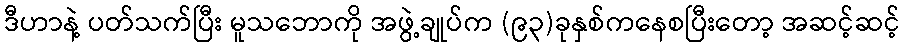
ဒီဟာနဲ့ ပတ်သက်ပြီး မူသဘောကို အဖွဲ့ချုပ်က (၉၃)ခုနှစ်ကနေစပြီးတော့ အဆင့်ဆင့်